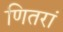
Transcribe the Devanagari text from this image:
णितरां